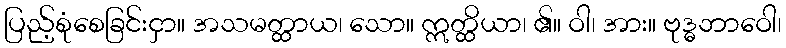
ပြည့်စုံစေခြင်းငှာ။ အသမတ္ထာယ၊ သော။ ဣတ္ထိယာ၊ ၏။ ဝါ၊ အား။ ဗုဒ္ဓဘာဝေါ၊